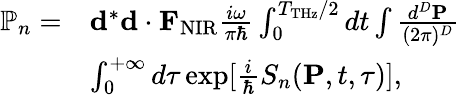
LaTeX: \begin{array}{rl}{\mathbb{P}_{n}=}&{{\mathbf d}^{*}{\mathbf d}\cdot{\mathbf F}_{\mathrm{NIR}}\frac{i\omega}{\pi\hbar}\int_{0}^{T_{\mathrm{THz}}/2}dt\int\frac{d^{D}{\mathbf P}}{(2\pi)^{D}}}\\ &{\int_{0}^{+\infty}d\tau\exp[{\frac{i}{\hbar}S_{n}({\mathbf P},t,\tau)}],}\end{array}